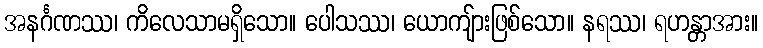
အနင်္ဂဏဿ၊ ကိလေသာမရှိသော။ ပေါသဿ၊ ယောကျ်ားဖြစ်သော။ နရဿ၊ ရဟန္တာအား။